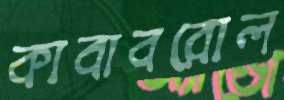
কাবাবরোল